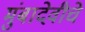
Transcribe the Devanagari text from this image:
मुंबादेवीचे